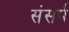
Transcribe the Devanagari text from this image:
संसर्प